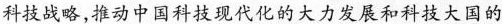
科技战略，推动中国科技现代化的大力发展和科技大国的